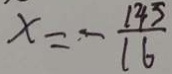
x = - \frac { 1 4 5 } { 1 6 }